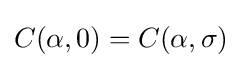
C(\alpha ,0)=C(\alpha ,\sigma )